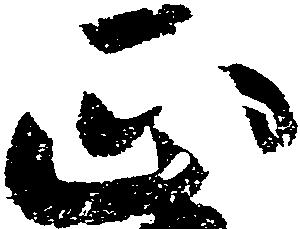
正